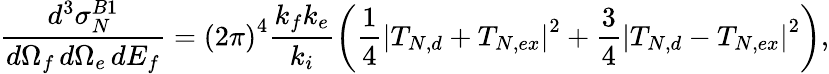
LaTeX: \frac{d^{3}{\sigma}_{N}^{B1}}{d\Omega_{f}\, d\Omega_{e}\, dE_{f}}={(2\pi)}^{4}\frac{k_{f}k_{e}}{k_{i}}\left(\frac 14{\left|T_{N,d}+T_{N,ex}\right|}^{2}+\frac 34{\left|T_{N,d}-T_{N,ex}\right|}^{2}\right),